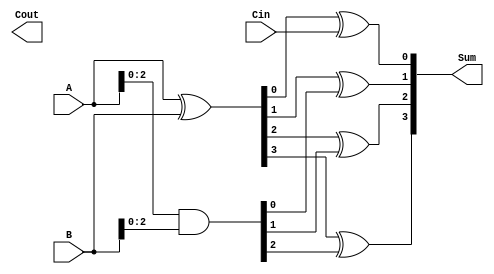
module CLA_Adder (
    input [3:0] A,
    input [3:0] B,
    input Cin,
    output [3:0] Sum,
    output Cout
);

reg [3:0] S;
wire [3:0] G, P;
wire [2:0] C;

assign G = A & B;
assign P = A ^ B;
assign C[0] = Cin;
assign C[1] = G[0] | (P[0] & C[0]);
assign C[2] = G[1] | (P[1] & G[0]) | (P[1] & P[0] & C[0]);
assign C[3] = G[2] | (P[2] & G[1]) | (P[2] & P[1] & G[0]) | (P[2] & P[1] & P[0] & C[0]);

assign S[0] = P[0] ^ Cin;
assign S[1] = P[1] ^ G[0];
assign S[2] = P[2] ^ G[1];
assign S[3] = P[3] ^ G[2];

assign Sum = S;
assign Cout = C[3];

endmodule